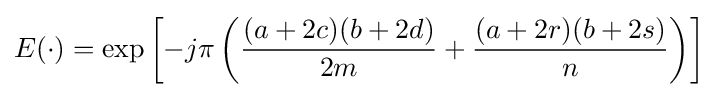
E(\cdot )=\exp \left[-j\pi \left({\frac {(a+2c)(b+2d)}{2m}}+{\frac {(a+2r)(b+2s)}{n}}\right)\right]